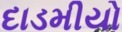
દાડમીયો